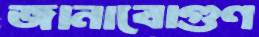
জানাবোগুণ